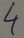
Text: 4